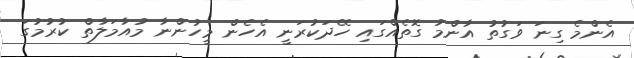
އެންމެ ގިނަ ވަގުތު އާންމު ގޮތެއްގައި ހޭދަކުރަނީ އެހެން މީހުންނާ މުއާމަލާތް ކުރުމުގަ